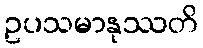
ဥပသမာနုဿတိ